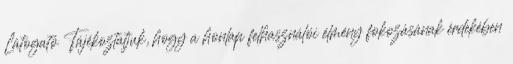
Látogató Tájékoztatjuk, hogy a honlap felhasználói élmény fokozásának érdekében